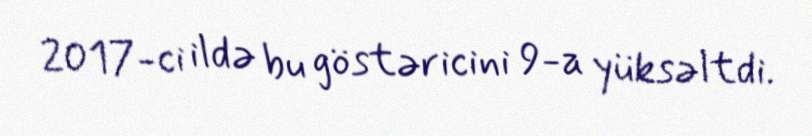
2017-ci ildə bu göstəricini 9-a yüksəltdi.